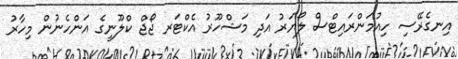
އިނގެރޭސި ހިއުމަންރައިޓްސް ލޯޔަރު އަދި މަޝްހޫރު އެކްޓަރ ޖޯޖް ކްލޫނީގެ އަންހެނުން މިހާރު